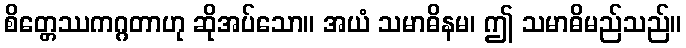
စိတ္တေဿကဂ္ဂတာဟု ဆိုအပ်သော။ အယံ သမာဓိနမ၊ ဤ သမာဓိမည်သည်။